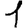
Digit: 1